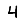
Digit: 4